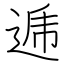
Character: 逓